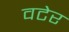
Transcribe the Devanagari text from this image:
वटेर